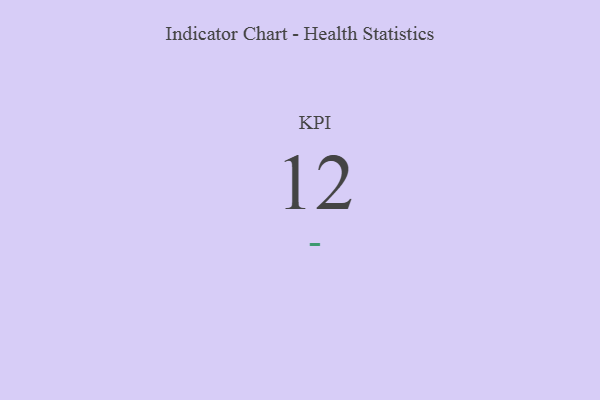
{"axis": {"x": "KPI", "y": "Value"}, "legend": [""], "data": [{"x": "KPI", "y": 12, "type": ""}]}